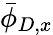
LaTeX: \bar{\phi}_{D,x}